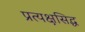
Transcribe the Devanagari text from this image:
प्रत्यक्षसिद्ध